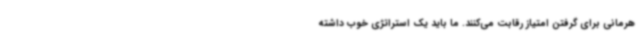
هرمانی برای گرفتن امتیاز رقابت می‌کنند. ما باید یک استراتژی خوب داشته